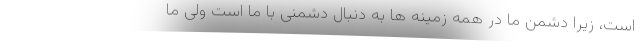
است، زیرا دشمن ما در همه زمینه ها به دنبال دشمنی با ما است ولی ما